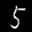
Label: 5